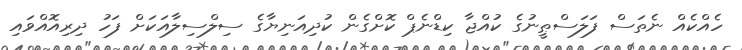
ހެއްކެއް ނެތަސް ފަލަސްޠީނުގެ ކުއްޖާ ކިޑްނެޕް ކޮށްގެން ކުދިއަނިޔާގެ ސިލްސިލާއަކަށް ފަހު ދިރިއޮއްވައި